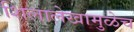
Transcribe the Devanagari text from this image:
शिलालेखामुळेच